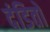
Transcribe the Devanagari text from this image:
दंडितों